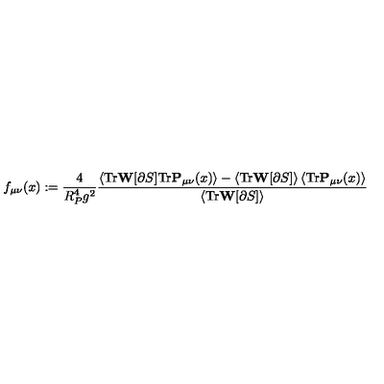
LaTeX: f _ { \mu \nu } ( x ) : = \frac { 4 } { R _ { P } ^ { 4 } g ^ { 2 } } \frac { \left< \mathrm { T r } \mathbf { W } [ \partial S ] \mathrm { T r } \mathbf { P } _ { \mu \nu } ( x ) \right> - \left< \mathrm { T r } \mathbf { W } [ \partial S ] \right> \left< \mathrm { T r } \mathbf { P } _ { \mu \nu } ( x ) \right> } { \left< \mathrm { T r } \mathbf { W } [ \partial S ] \right> }